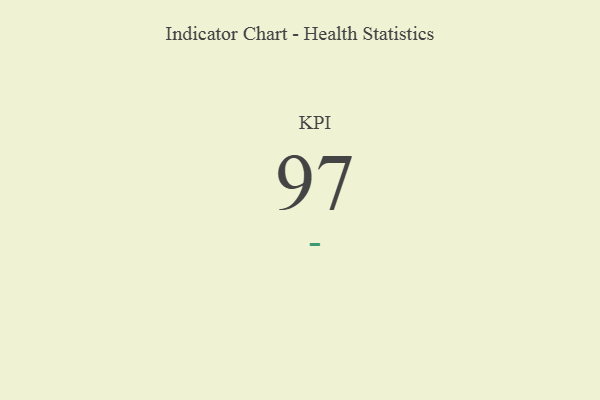
{"axis": {"x": "KPI", "y": "Value"}, "legend": [""], "data": [{"x": "KPI", "y": 97, "type": ""}]}